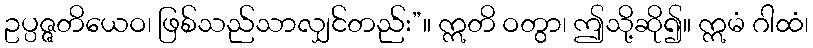
ဥပ္ပဇ္ဇတိယေဝ၊ ဖြစ်သည်သာလျှင်တည်း”။ ဣတိ ဝတွာ၊ ဤသို့ဆို၍။ ဣမံ ဂါထံ၊